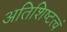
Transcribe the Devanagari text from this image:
अतिशिष्टत्वं